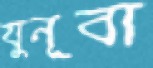
যুনূবা